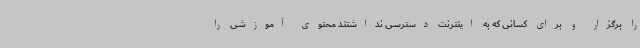
را برگزار و برای کسانی که به اینترنت دسترسی نداشتند محتوی آموزشی را